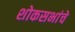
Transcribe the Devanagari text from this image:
शोकसभांचे